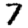
Digit: 7